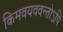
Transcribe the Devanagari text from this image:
किमवयववन्तोऽपि